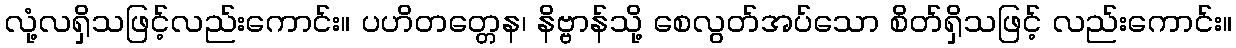
လုံ့လရှိသဖြင့်လည်းကောင်း။ ပဟိတတ္တေန၊ နိဗ္ဗာန်သို့ စေလွတ်အပ်သော စိတ်ရှိသဖြင့် လည်းကောင်း။